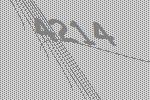
4214